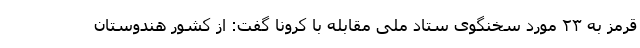
قرمز به ۲۳ مورد سخنگوی ستاد ملی مقابله با کرونا گفت: از کشور هندوستان